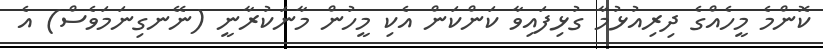
ކޮންމެ މީހެއްގެ ދިރިއުޅުމާ ގުޅިފައިވާ ކަންކަން އެކި މީހުން މާނަކުރާނީ (ނޭނގިނަމަވެސް) އެ